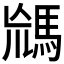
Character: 𩣈